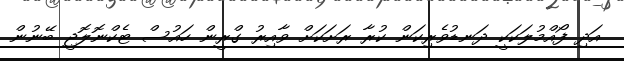
އަދި ފޯއްމުލަކަކީ ދަނޑުވެރިކަން ކުރާ ރަށަކަށް ވާއިރު ގްރީން ހައުސް ޓެކްނޮލޮޖީ ބޭނުން